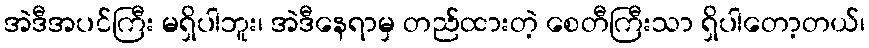
အဲဒီအပင်ကြီး မရှိပါဘူး၊ အဲဒီနေရာမှ တည်ထားတဲ့ စေတီကြီးသာ ရှိပါတော့တယ်၊